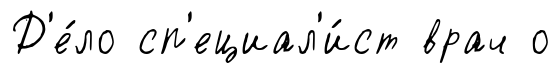
Д'е́ло сп'ециал'и́ст врач о